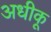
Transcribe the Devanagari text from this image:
अधीकू